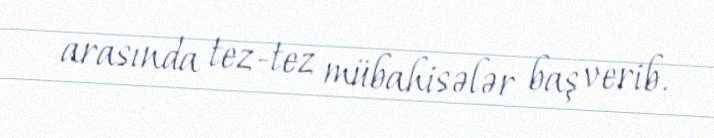
arasında tez-tez mübahisələr baş verib.